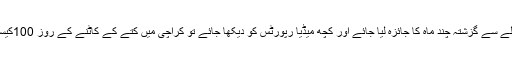
کتے کاٹنے کے حوالے سے گزشتہ چند ماہ کا جائزہ لیا جائے اور کچھ میڈیا رپورٹس کو دیکھا جائے تو کراچی میں کتے کے کاٹنے کے روز 100کیسز رپورٹ ہوتے ہیں۔